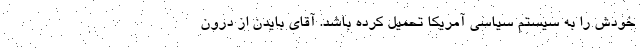
خودش را به سیستم سیاسی آمریکا تحمیل کرده باشد. آقای بایدن از درون